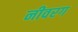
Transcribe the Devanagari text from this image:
नीवरग